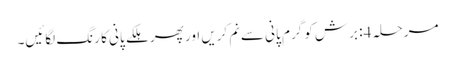
مرحلہ 4: برش کو گرم پانی سے نم کریں اور پھر ہلکے پانی کا رنگ لگائیں۔